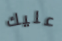
عليك